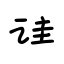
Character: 诖